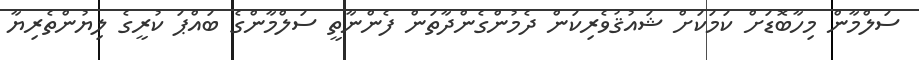
ސަލްމާން މިހާބޮޑަށް ކަމަކަށް ޝައުޤުވެރިކަން ދެމުންގެންދާތަން ފެންނާތީ ސަލްމާންގެ ބައްޕަ ކުރީގެ ލިޔުންތެރިޔާ